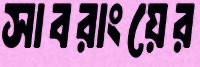
সাবরাংয়ের